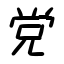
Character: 党